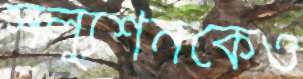
সল্যুশনকেও